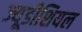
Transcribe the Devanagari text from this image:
ज्यूडीशियल